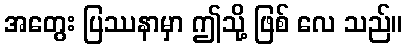
အတွေး ပြဿနာမှာ ဤသို့ ဖြစ် လေ သည်။